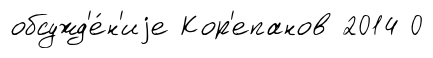
обсужд'е́н'иjе Кор'епанов 2014 0